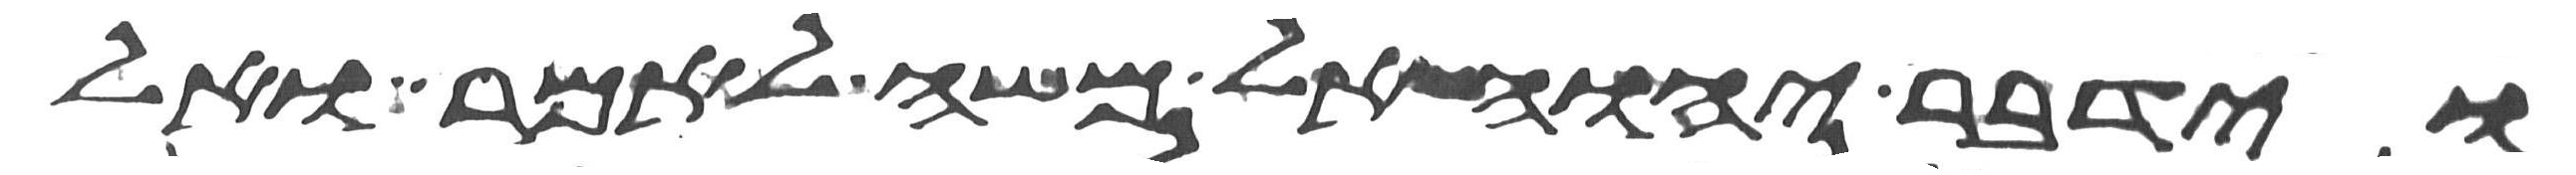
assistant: וידבר יהוה אל משה לאמר ואל